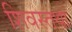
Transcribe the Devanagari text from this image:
शिवस्तथा